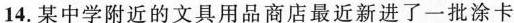
14.某中学附近的文具用品商店最近新进了一批涂卡